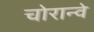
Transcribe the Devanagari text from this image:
चोरान्वे